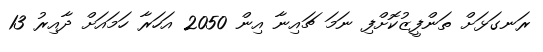
ރަނގަޅަށް ތަންފީޒުކޮށްފި ނަމަ ޗައިނާ އިން 2050 އަހަރާ ހަމައަށް ދާއިރު 13